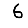
Digit: 6